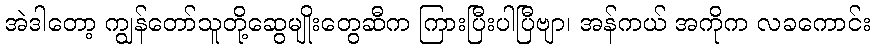
အဲဒါတော့ ကျွန်တော်သူတို့ဆွေမျိုးတွေဆီက ကြားပြီးပါပြီဗျာ၊ အန်ကယ် အကိုက လခကောင်း